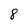
Character: 8